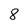
Character: 8